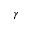
\gamma